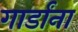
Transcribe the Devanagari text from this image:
गार्डांना